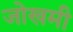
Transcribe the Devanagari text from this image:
जोखमी